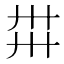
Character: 𢌽